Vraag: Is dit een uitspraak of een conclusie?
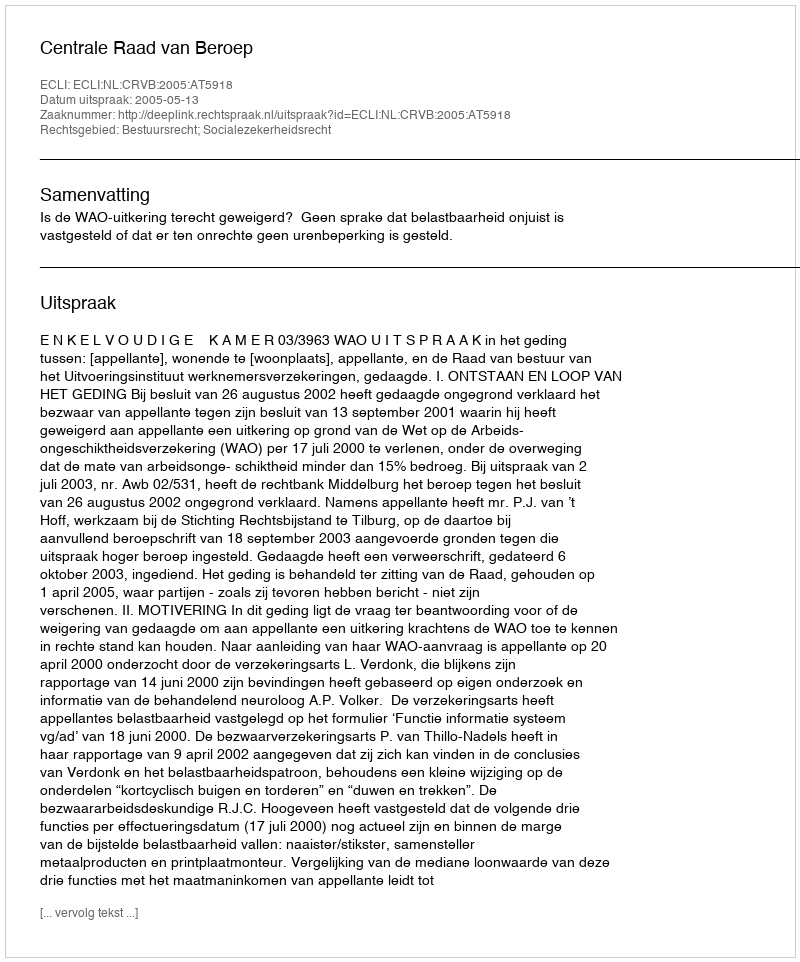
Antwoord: Uitspraak